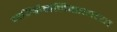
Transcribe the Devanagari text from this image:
मज्झिमनिकायाच्या